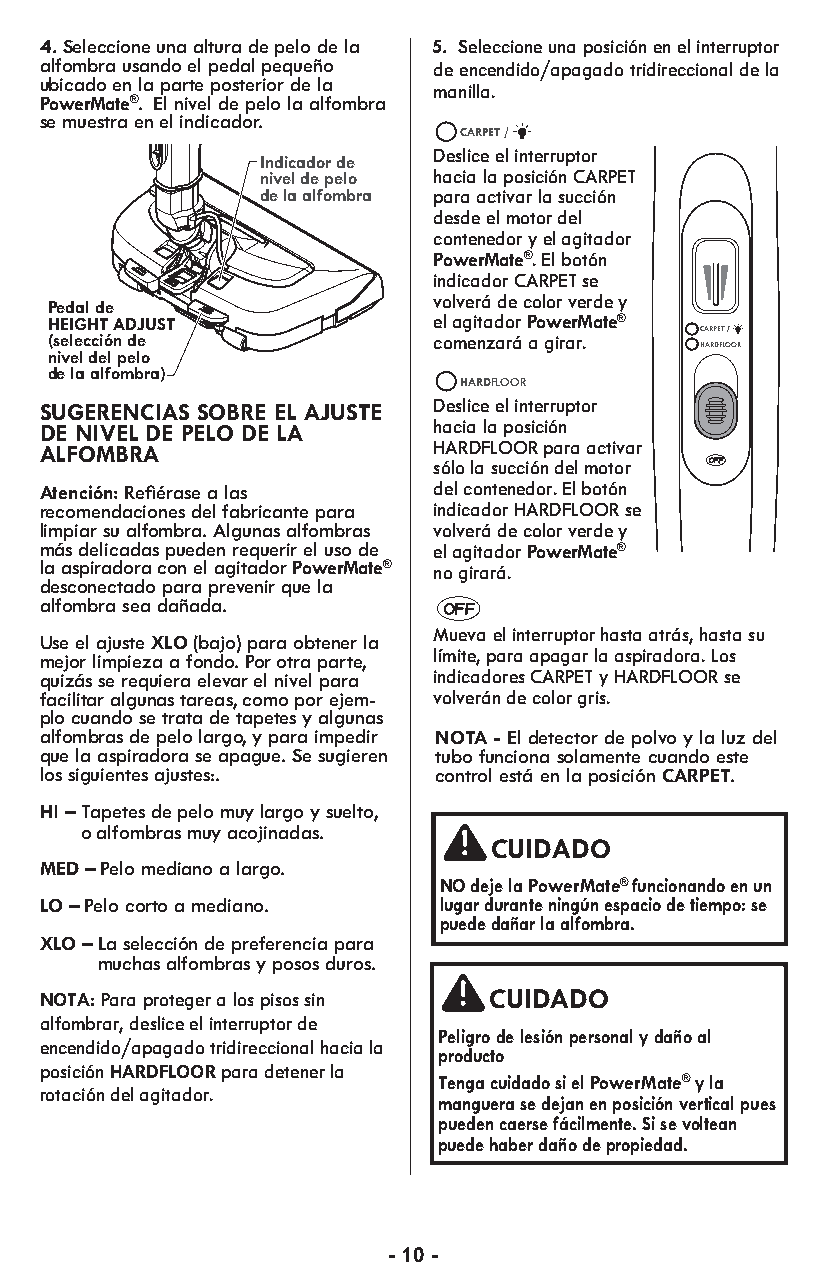
4. Seleccione una altura de pelo de la 5. Seleccione una posición en el interruptor
 alfombra usando el pedal pequeño de encendido/apagado tridireccional de la
 ubicado en la parte posterior de la
 manilla.
 PowerMate®. El nivel de pelo la alfombra
 se muestra en el indicador.
 CARPET /
 Deslice el interruptor
 Indicador de
 nivel de pelo hacia la posición CARPET
 de la alfombra para activar la succión
 desde el motor del
 contenedor y el agitador
 PowerMate®. El botón
 RELEBARSUESH
 RELHEAANSDELE
 i vn od lvic ea rád o dr
 e
 C cA oR loP rE T
 v
 es re
 d e y
 Pedal de
 HEIGHT ADJUST ADHJEUISGTHT el agitador PowerMate®
 (selección de             comenzará a girar. CARPET /
 HARDFLOOR
 nivel del pelo
 de la alfombra)
 HARDFLOOR
 SUGERENCIAS SOBRE EL AJUSTE Deslice el interruptor
 DE NIVEL DE PELO DE LA    hacia la posición
 ALFOMBRA                  HARDFLOOR para activar
 sólo la succión del motor
 Atención:Refiérase a las  del contenedor. El botón
 recomendaciones del fabricante para indicador HARDFLOOR se
 limpiar su alfombra. Algunas alfombras volverá de color verde y
 más delicadas pueden requerir el uso de el agitador PowerMate®
 la aspiradora con el agitador PowerMate® no girará.
 desconectado para prevenir que la
 alfombra sea dañada.
 Mueva el interruptor hasta atrás, hasta su
 Use el ajusteXLO(bajo) para obte ner la
 límite, para apagar la aspiradora. Los
 mejor limp ieza a fondo. Por otra parte,
 qui zás se requiera elev ar el nivel para indicadores CARPET y HARDFLOOR se
 faci li tar algu nas tareas, como por ejem- volverán de color gris.
 plo cuando se trata de tape tes y algu nas
 alfom bras de pelo largo, y para imp e dir NOTA - El detector de polvo y la luz del
 que la asp i ra do ra se apa gue. Se su gie ren tubo funciona solamente cuando este
 los sig uient es ajus tes:. control está en la posición CARPET.
 HI – Tapetes de pelo muy largo y suelto,
 o alfombras muy acojinadas.
 CUIDADO
 MED – Pelo mediano a largo.
 NO deje la PowerMate® funcionando en un
 LO – Pelo corto a mediano. lugar durante ningún espacio de tiempo: se
 puede dañar la alfombra.
 XLO – La selección de preferencia para
 muchas alfombras y posos duros.
 NOTA: Para proteger a los pisos sin CUIDADO
 alfombrar, deslice el interruptor de
 Peli gro de lesión per so nal y daño al
 encendido/apagado tridireccional hacia la
 pro ducto
 posición HARDFLOOR para detener la
 Tenga cuidado si el PowerMate® y la
 rotación del agitador.
 manguera se dejan en posición vertical pues
 pueden caerse fácilmente. Si se voltean
 puede haber daño de propiedad.
 - 10 -